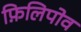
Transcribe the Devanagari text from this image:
फ़िलिपोव